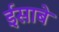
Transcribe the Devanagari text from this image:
ईसाबे